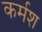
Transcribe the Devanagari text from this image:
कर्मश